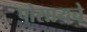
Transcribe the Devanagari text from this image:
पोसायचे